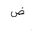
Letter: _dad